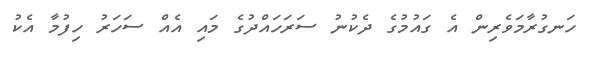
ހަނގުރާމަވެރިން އެ ގައުމުގެ ދެކުނު ސަަރަހައްދުގެ މައި އެއް ސަހަރު ހިފުމާ އެކު